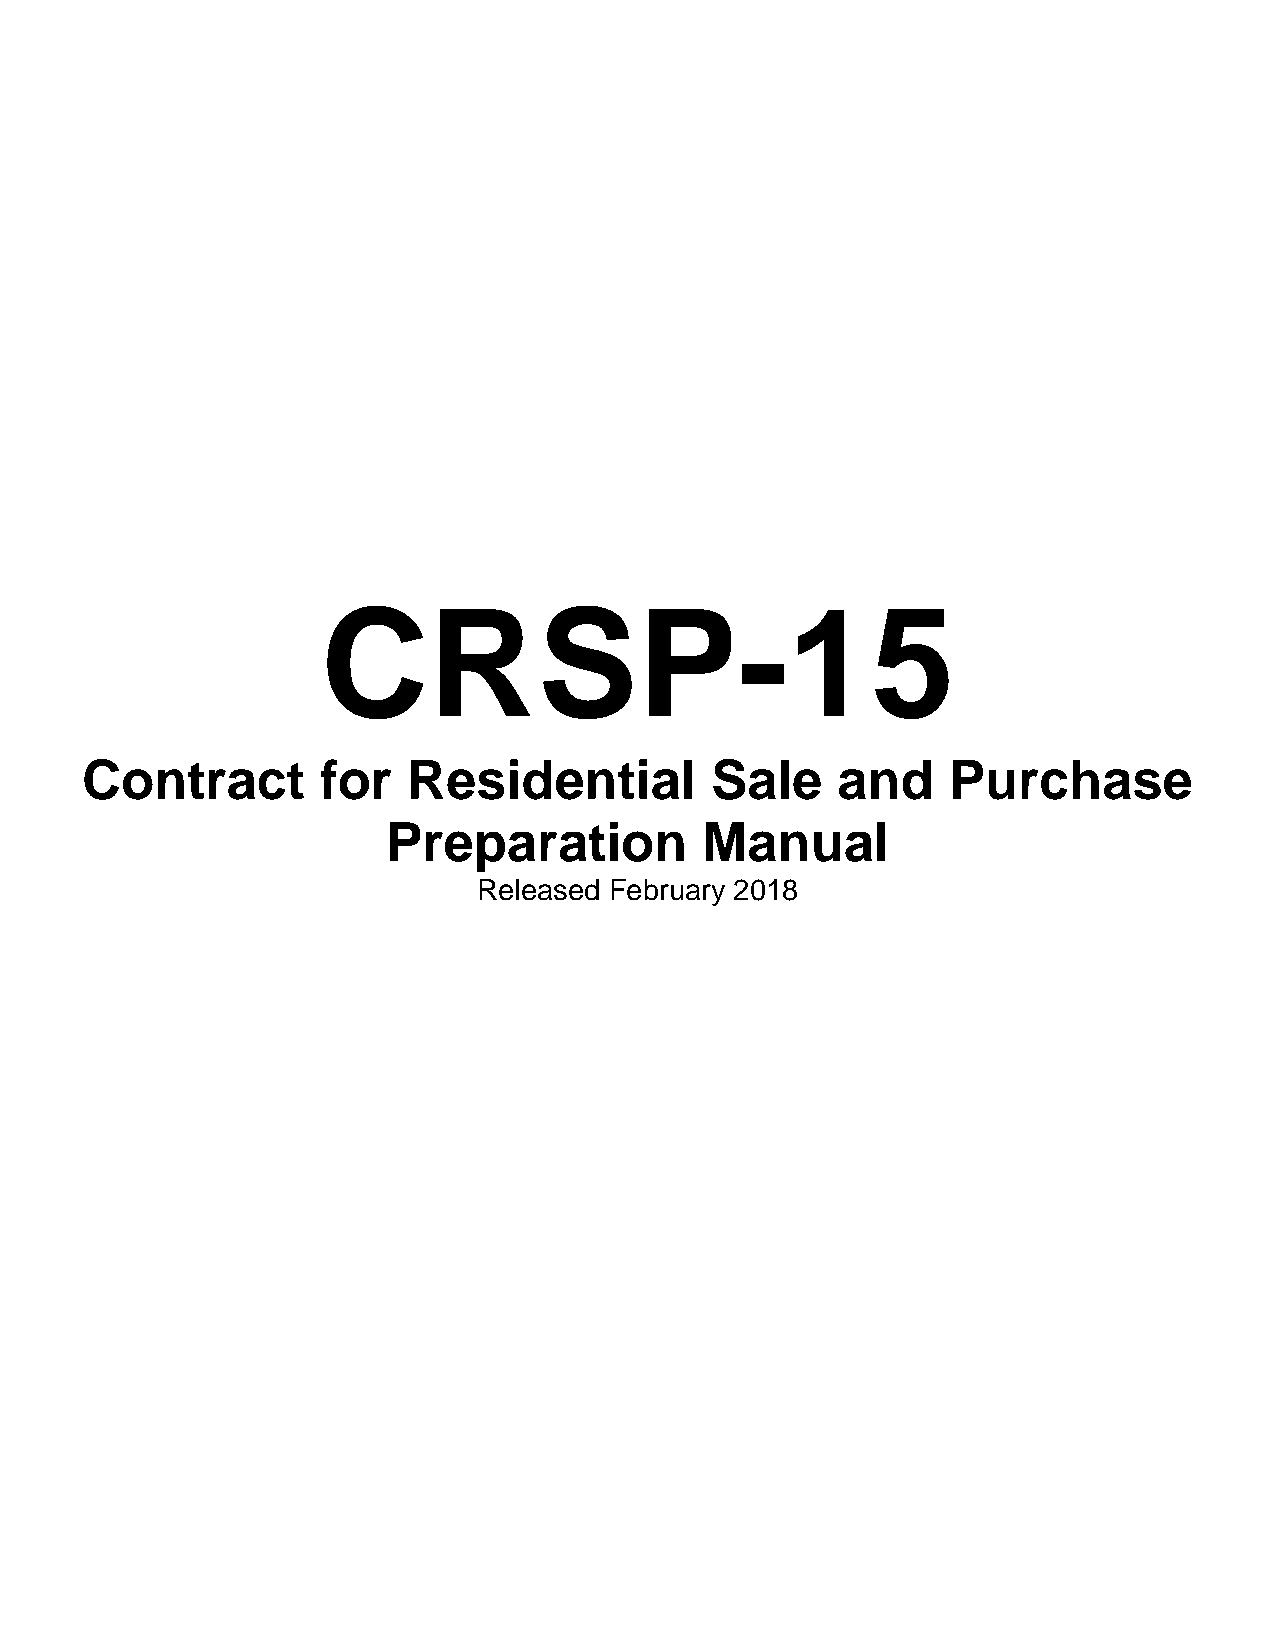
CRSP-15
 Contract        for   Residential         Sale    and     Purchase
 Preparation         Manual
 Released February 2018